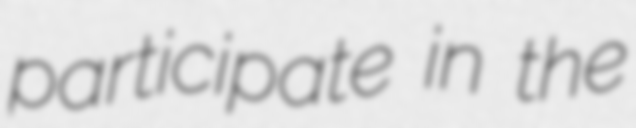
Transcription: participate in the